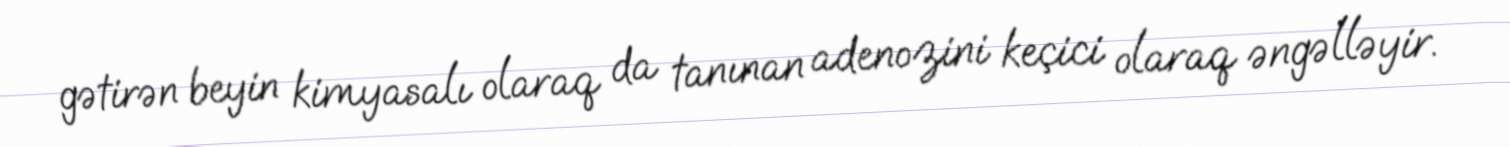
gətirən beyin kimyasalı olaraq da tanınan adenozini keçici olaraq əngəlləyir.